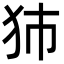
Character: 犻